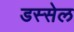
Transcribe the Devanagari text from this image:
डस्सेल